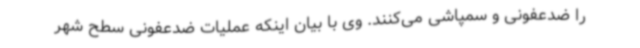
را ضدعفونی و سمپاشی می‌کنند. وی با بیان اینکه عملیات ضدعفونی سطح شهر